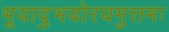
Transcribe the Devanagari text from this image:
भूयादुभयोरयमुत्तमः